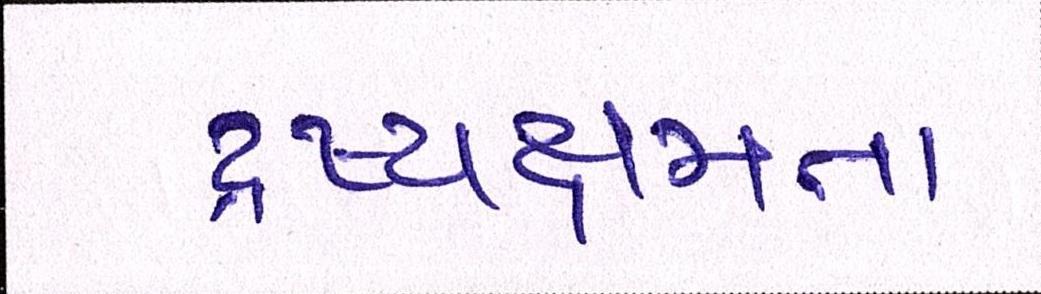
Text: દ્રષ્યક્ષમતા